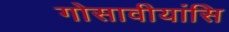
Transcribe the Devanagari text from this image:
गोसावीयांसि